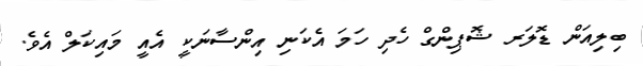
ބިލިއަން ޑޮލަރ ޝޮޕިންގް ހެދި ހަމަ އެކަނި އިންސާނަކީ އެއީ މައިކަލް އެވެ.